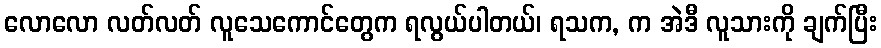
လောလော လတ်လတ် လူသေကောင်တွေက ရလွယ်ပါတယ်၊ ရသက, က အဲဒီ လူသားကို ချက်ပြီး